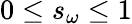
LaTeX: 0\leq s_{\omega}\leq 1